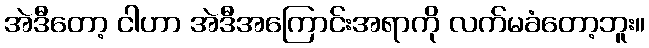
အဲဒီတော့ ငါဟာ အဲဒီအကြောင်းအရာကို လက်မခံတော့ဘူး။